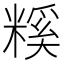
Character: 𥻺